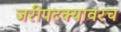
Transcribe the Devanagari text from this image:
जरीपटक्यावरच